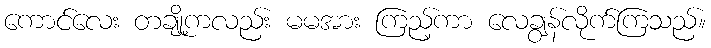
ကောင်လေး တချို့ကလည်း မမအား ကြည့်ကာ လေချွန်လိုက်ကြသည်။